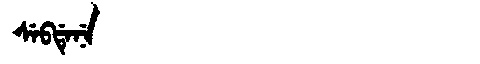
Manchu: ᠰᡝᠪᡩᡝᠨᡝ
Romanization: SEBDENE